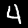
Label: 4